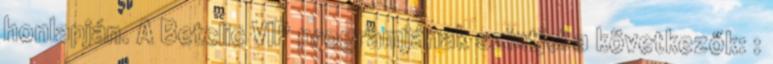
honlapján. A Betclic VIP programjának szintjei a következők: :